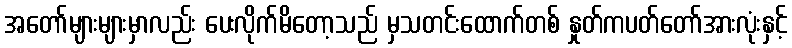
အတော်များများမှာလည်း ပေးလိုက်မိတော့သည် မှသတင်းထောက်တစ် နှုတ်ကပတ်တော်အားလုံးနှင့်